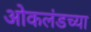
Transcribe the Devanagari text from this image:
ओकलंडच्या